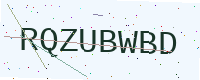
Text: RQZUBWBD